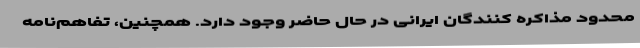
محدود مذاکره کنندگان ایرانی در حال حاضر وجود دارد. همچنین، تفاهم‌نامه